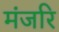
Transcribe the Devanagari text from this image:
मंजरि